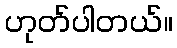
ဟုတ်ပါတယ်။